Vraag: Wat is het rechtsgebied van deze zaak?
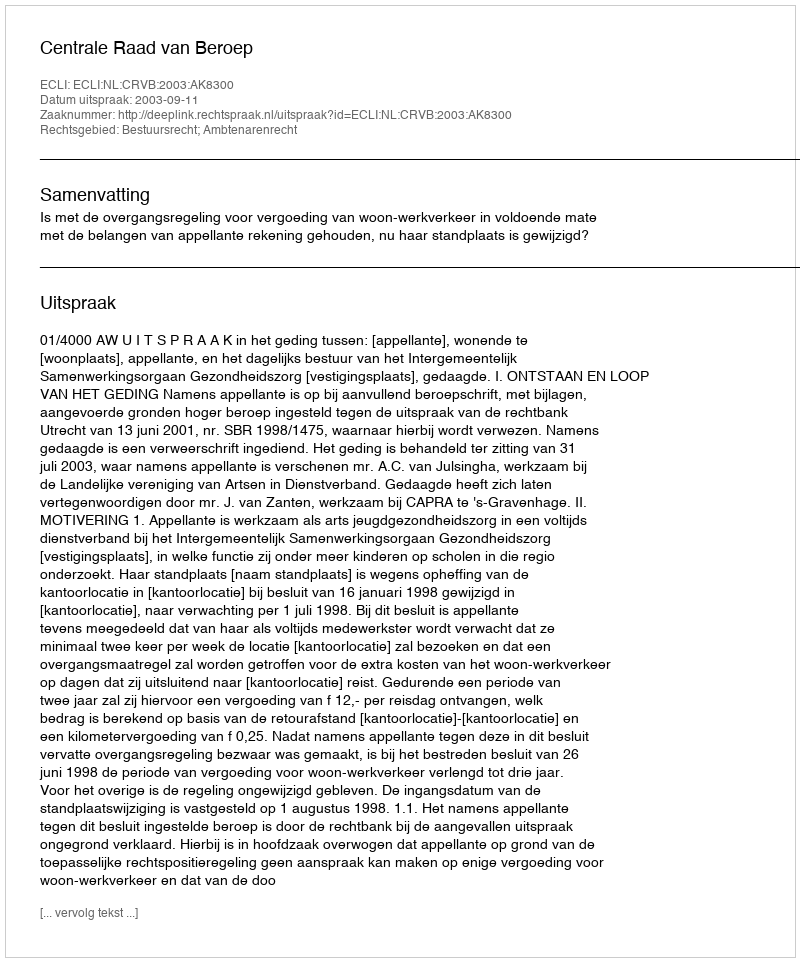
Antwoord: Bestuursrecht; Ambtenarenrecht